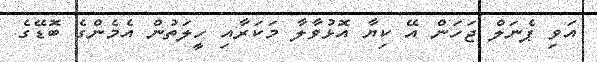
އަވި ޕެނަލް ޖަހަން އޭ ކިޔާ އޮޅުވާލާ މަކަރާއި ހީލަތުން އެމެންގެ ބޮޑޭގެ